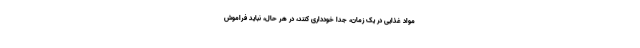
مواد غذایی در یک زمان، جداً خودداری کنند، در هر حال، نباید فراموش